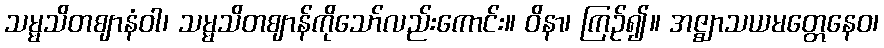
သမ္မသိတဈာနံဝါ၊ သမ္မသိတဈာန်ကိုသော်လည်းကောင်း။ ဝိနာ၊ ကြဉ်၍။ အဇ္ဈာသယမတ္တေနေဝ၊